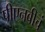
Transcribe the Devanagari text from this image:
पीएनबीचं